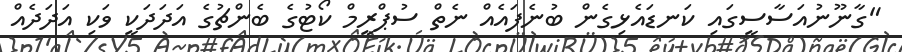
"ގާނޫނުއަސާސީގައި ކަނޑައެޅިގެން ބުނެފައެއް ނެތް ސުޕްރީމް ކޯޓުގެ ބެންޗުގެ އަދަދަކީ ވަކި އަދަދެއް